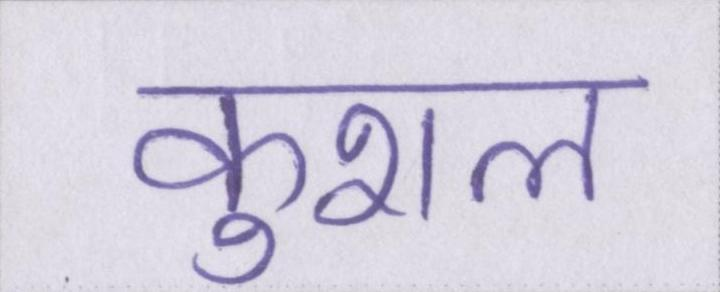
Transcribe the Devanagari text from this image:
कुशल